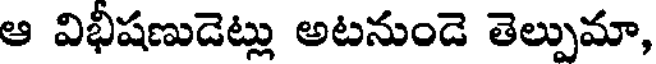
ఆ విభీషణుడెట్లు అటనుండె తెల్పుమా,